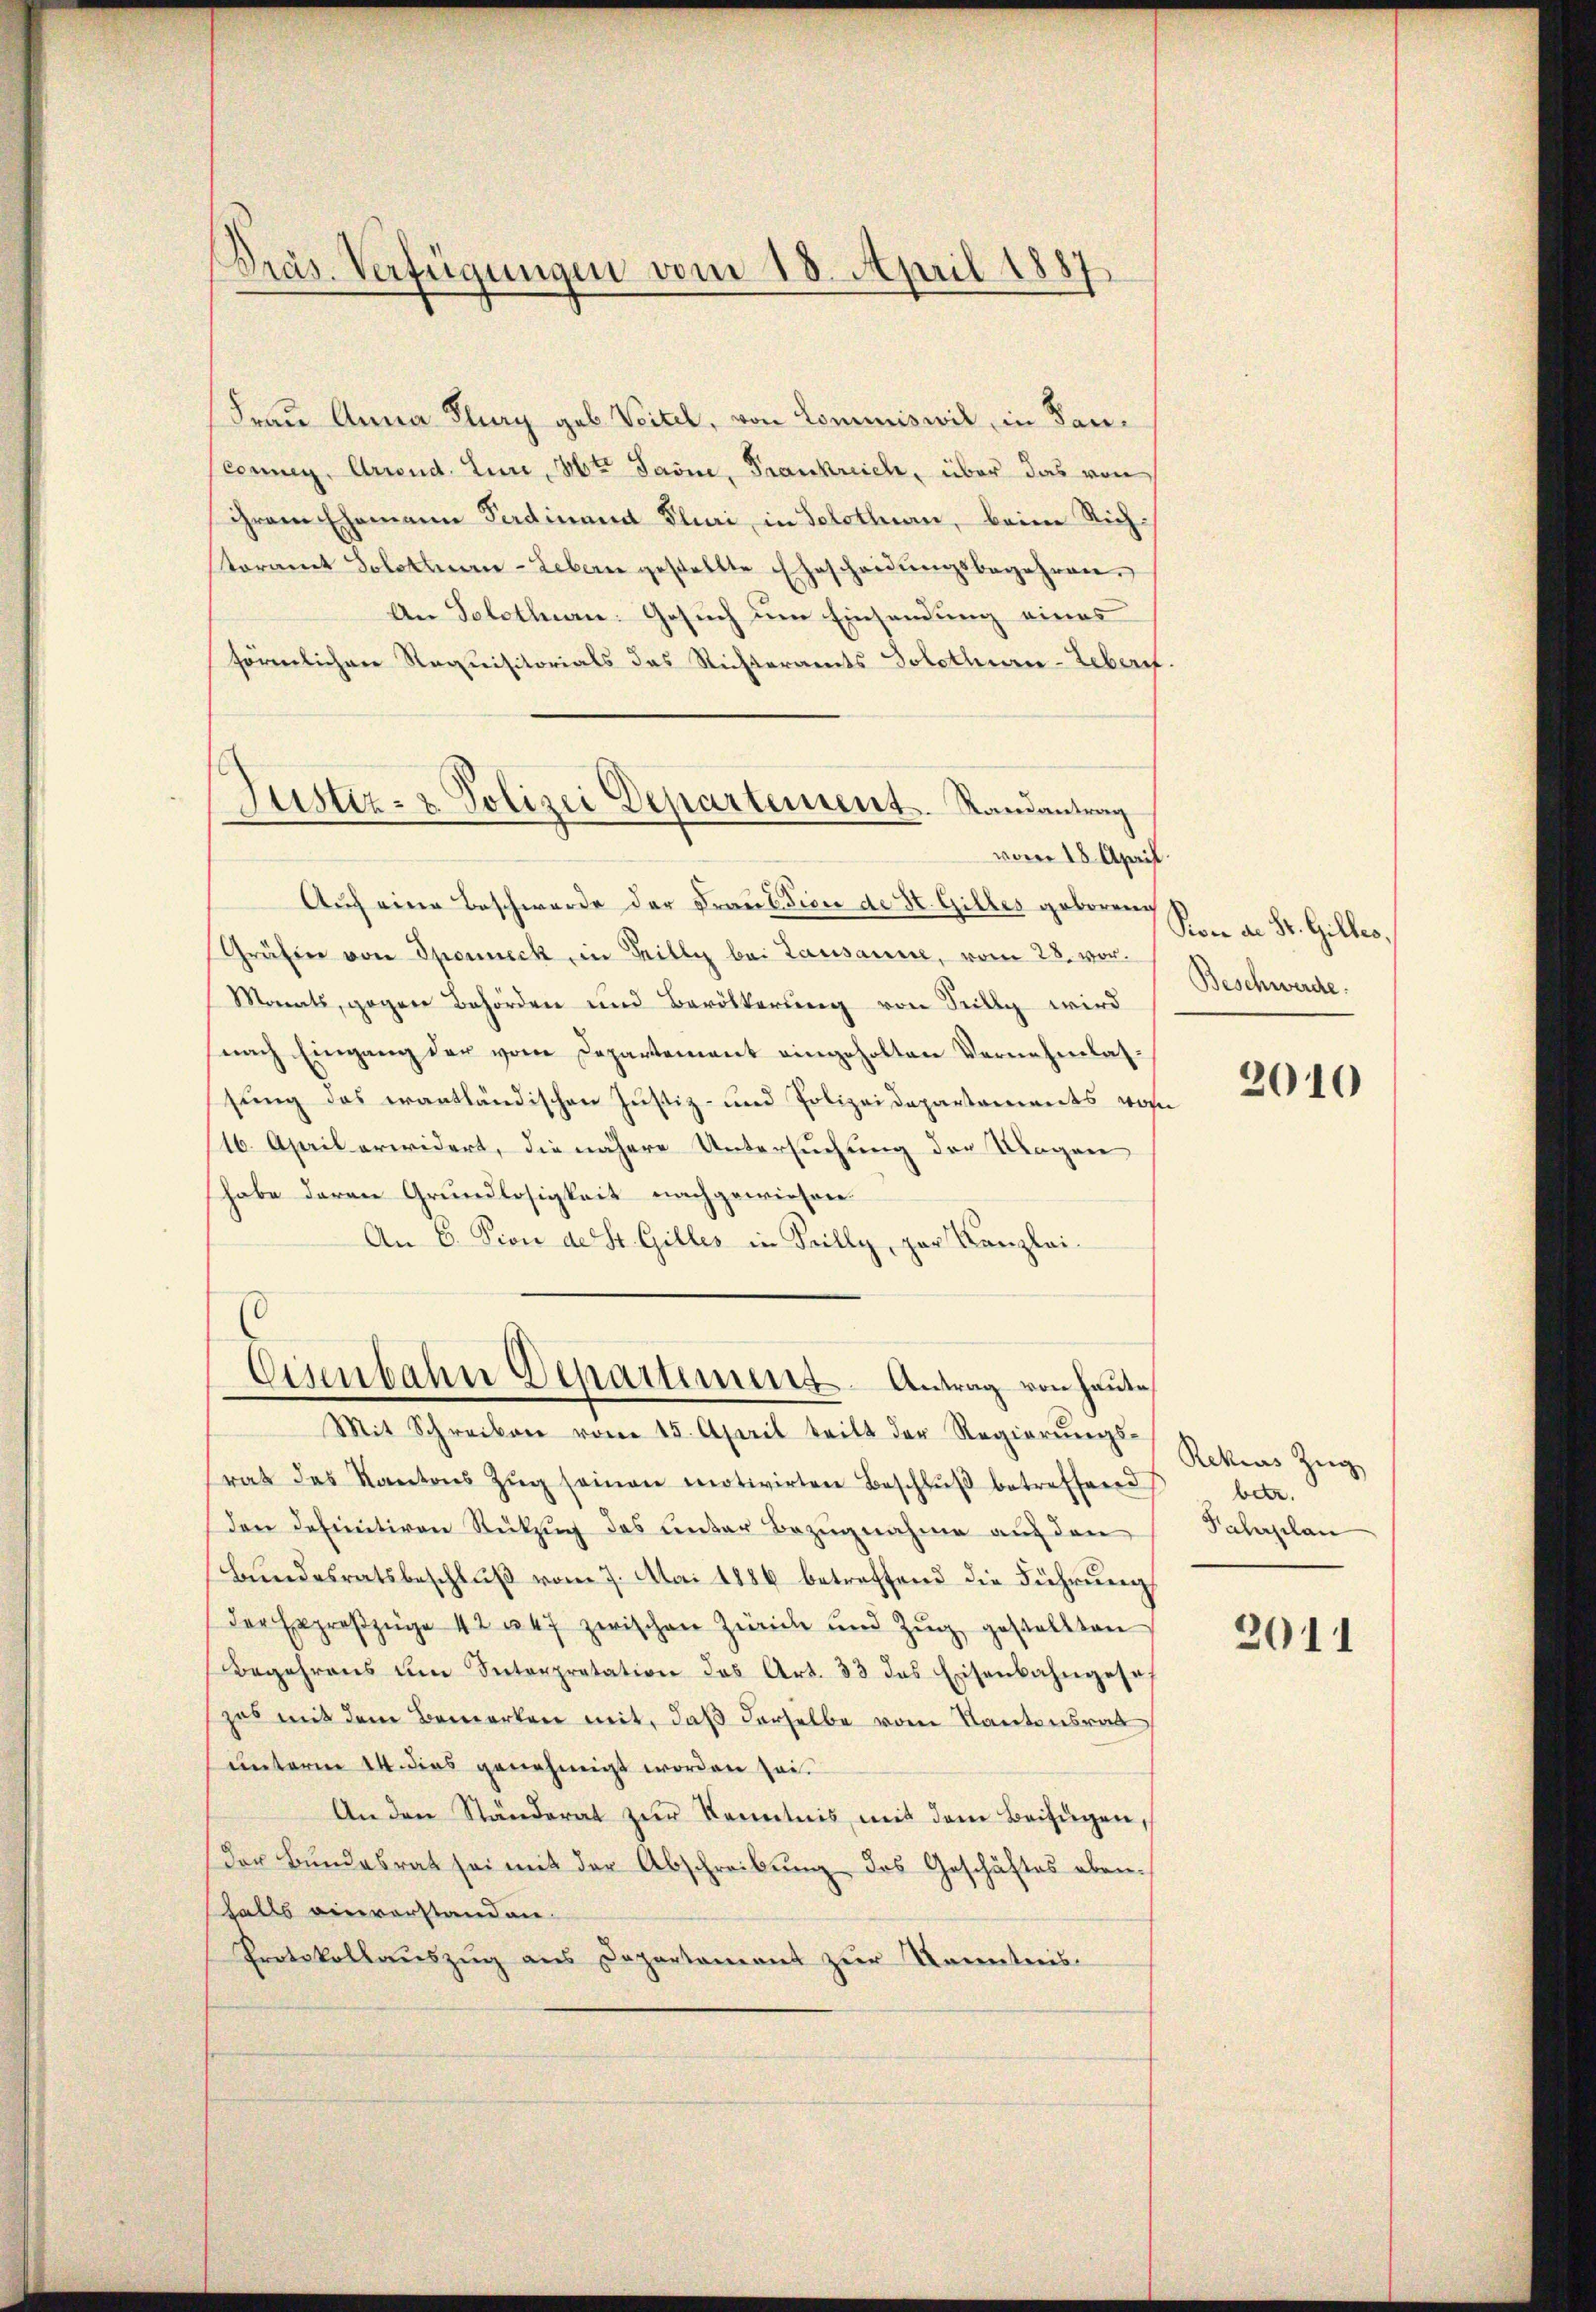
.
Präs. Verfügungen vom 18. April 1887

Frau Anna Plung geb. Veitel, von Commiswil, in Bauconnen, Arrend. Eine Mit Savine, Frankreich, über das von
ihrem Ehemann Ferdinamt Pluri, in Solothurn, beim Richteramt Solothurn-Lebern gestellte Ehescheidŭngsbegehren.
An Solothen: Gesuch um Einsendung eines
förmlichen Requisitorials das Nichteramts Solothurn-Leberf
vom 18. April.
Auch eine Beschwerde der Fraukdien de St. Gilles geboren
Grüfter von Sponneck, in Tilly bei Lausanne, vom 28. vor.
Monats, gegen Behörden und Bevölkerung von Seilly wird
nach Eingang der vom Departement eingeholten Vernehmlassung des erantländischen Justiz- und Polizeidepartements vor
116. April erwidert, die nähere Untersuchung der Ungen
habe deren Grundlosigkeit nachgewiesen.
An 6. Dion de St. Gilles in Teilly, par Kanzlei¬
0
Eisenbahn Departement Antrag von heute
Mit Schreiben vom 15. April teilt der Regierŭngs-
rat das Kantons Zŭg seinen motivirten Beschlŭβ betreffend
den definitiven Rückzug des unter Bezugnahme auf den
Bundesratsbeschluß vom 7. Mai 1886 betreffend die Führung
der Exproβzüge 42 u. 47 zwischen Zürich und Zŭg gestellten
Begehrens um Interpretation des Art. 33 das Eisenbahngese
zes mit dem Bemerken mit, daß derselbe vom Kantonsrat
unterm 14. dies genehmigt worden sei.
An den Ständerat zŭr Kenntnis mit dem Beifügen,
der Bŭndesrat sei mit der Abschreibŭng des Geschäftes ebenfalls einvorstanden.
Protokollaŭszŭg ans Departement zŭr Kenntnis.

Justiz- & Polizei Departement. Randantrag

Pon an Sr. Gilles,
Beschwerde.

2010

Rekius Zug
betr.
Fahrplan

2011